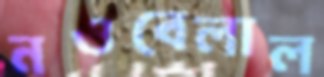
নওবেলাল